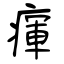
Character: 瘒